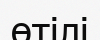
өтілі